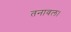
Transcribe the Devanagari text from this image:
तनावल।